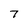
Character: 7